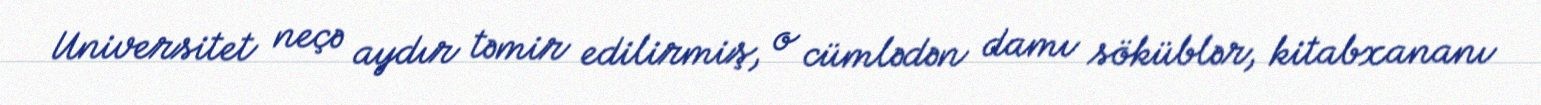
Universitet neçə aydır təmir edilirmiş, o cümlədən damı söküblər, kitabxananı